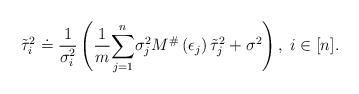
LaTeX: \begin{align*}\tilde{\tau}_{i}^{2}\doteq\frac{1}{\sigma_{i}^{2}}\left(\frac{1}{m}\overset{n}{\underset{j=1}{\sum}}\sigma_{j}^{2}M^{\#}\left(\epsilon_{j}\right)\tilde{\tau}_{j}^{2}+\sigma^{2}\right),\; i\in[n].\end{align*}